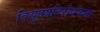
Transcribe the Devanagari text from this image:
विद्युतप्रतिरोधकता